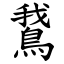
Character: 鵞